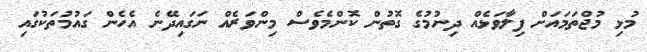
މުޅި މުޖްތަމައަށް ފިލާވަޅެއް ދިނުމުގެ ގޮތުން ކޮންމެވެސް މިންވަރެއް ނަގައިދޭނެ އެހެން ގައުމުތަކުގައި